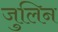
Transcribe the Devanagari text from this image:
जुलिन